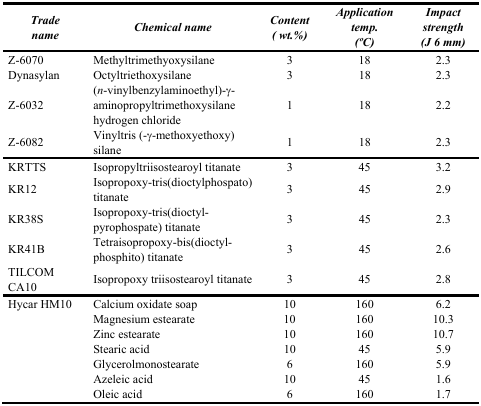
<table><thead><tr><td><b><i>Trade name</i></b></td><td><b><i>Chemical name</i></b></td><td><b><i>Content ( wt.%)</i></b></td><td><b><i>Application temp. (oC)</i></b></td><td><b><i>Impact strength (J 6 mm)</i></b></td></tr></thead><tbody><tr><td>Z-6070</td><td>Methyltrimethyoxysilane</td><td>3</td><td>18</td><td>2.3</td></tr><tr><td>Dynasylan</td><td>Octyltriethoxysilane</td><td>3</td><td>18</td><td>2.3</td></tr><tr><td>Z-6032</td><td>(<i>n</i>-vinylbenzylaminoethyl)-γ- aminopropyltrimethoxysilane hydrogen chloride</td><td>1</td><td>18</td><td>2.2</td></tr><tr><td>Z-6082</td><td>Vinyltris (-γ-methoxyethoxy) silane</td><td>1</td><td>18</td><td>2.3</td></tr><tr><td>KRTTS</td><td>Isopropyltriisostearoyl titanate</td><td>3</td><td>45</td><td>3.2</td></tr><tr><td>KR12</td><td>Isopropoxy-tris(dioctylphospato) titanate</td><td>3</td><td>45</td><td>2.9</td></tr><tr><td>KR38S</td><td>Isopropoxy-tris(dioctyl-pyrophospate) titanate</td><td>3</td><td>45</td><td>2.3</td></tr><tr><td>KR41B</td><td>Tetraisopropoxy-bis(dioctyl-phosphito) titanate</td><td>3</td><td>45</td><td>2.6</td></tr><tr><td>TILCOM CA10</td><td>Isopropoxy triisostearoyl titanate</td><td>3</td><td>45</td><td>2.8</td></tr><tr><td>Hycar HM10</td><td>Calcium oxidate soap</td><td>10</td><td>160</td><td>6.2</td></tr><tr><td></td><td>Magnesium estearate</td><td>10</td><td>160</td><td>10.3</td></tr><tr><td></td><td>Zinc estearate</td><td>10</td><td>160</td><td>10.7</td></tr><tr><td></td><td>Stearic acid</td><td>10</td><td>45</td><td>5.9</td></tr><tr><td></td><td>Glycerolmonostearate</td><td>6</td><td>160</td><td>5.9</td></tr><tr><td></td><td>Azeleic acid</td><td>10</td><td>45</td><td>1.6</td></tr><tr><td></td><td>Oleic acid</td><td>6</td><td>160</td><td>1.7</td></tr></tbody></table>